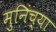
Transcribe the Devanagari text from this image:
मुनिंच्या